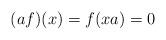
LaTeX: \begin{align*}(af)(x) = f(xa) = 0\end{align*}